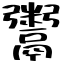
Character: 鬻